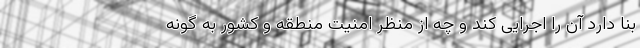
بنا دارد آن را اجرایی کند و چه از منظر امنیت منطقه و کشور به گونه